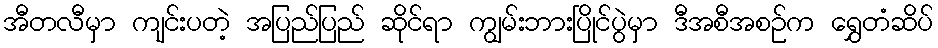
အီတလီမှာ ကျင်းပတဲ့ အပြည်ပြည် ဆိုင်ရာ ကျွမ်းဘားပြိုင်ပွဲမှာ ဒီအစီအစဉ်က ရွှေတံဆိပ်